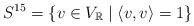
LaTeX: \begin{align*} S^{15} = \{v\in V_{\mathbb R} \mid \langle v,v\rangle = 1\}\end{align*}